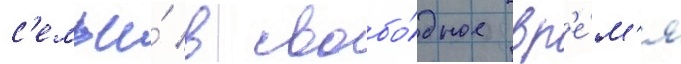
с'емьи́ в свобо́дное вр'е́м'я